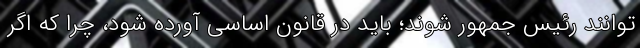
توانند رئیس جمهور شوند؛ باید در قانون اساسی آورده شود، چرا که اگر